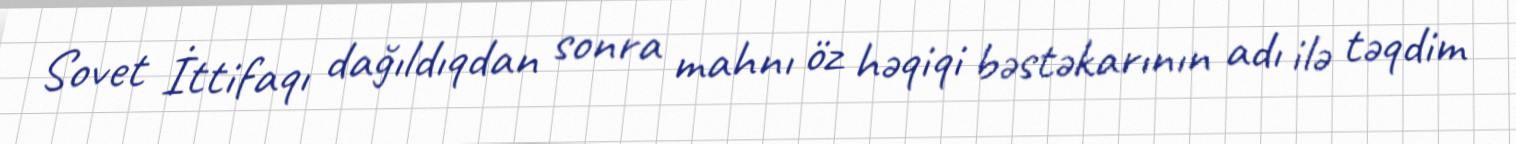
Sovet İttifaqı dağıldıqdan sonra mahnı öz həqiqi bəstəkarının adı ilə təqdim